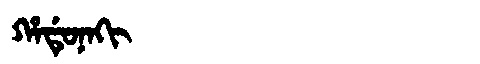
Manchu: ᡥᠠᡩᡠᠨᠠᡴᡳ
Romanization: HADUNAKI